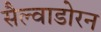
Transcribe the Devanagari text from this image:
सैल्वाडोरन